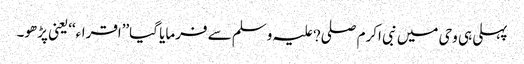
پہلی ہی وحی میں نبی اکرم صلی?علیہ وسلم سے فرمایا گیا’’اقراء‘‘یعنی پڑھو۔